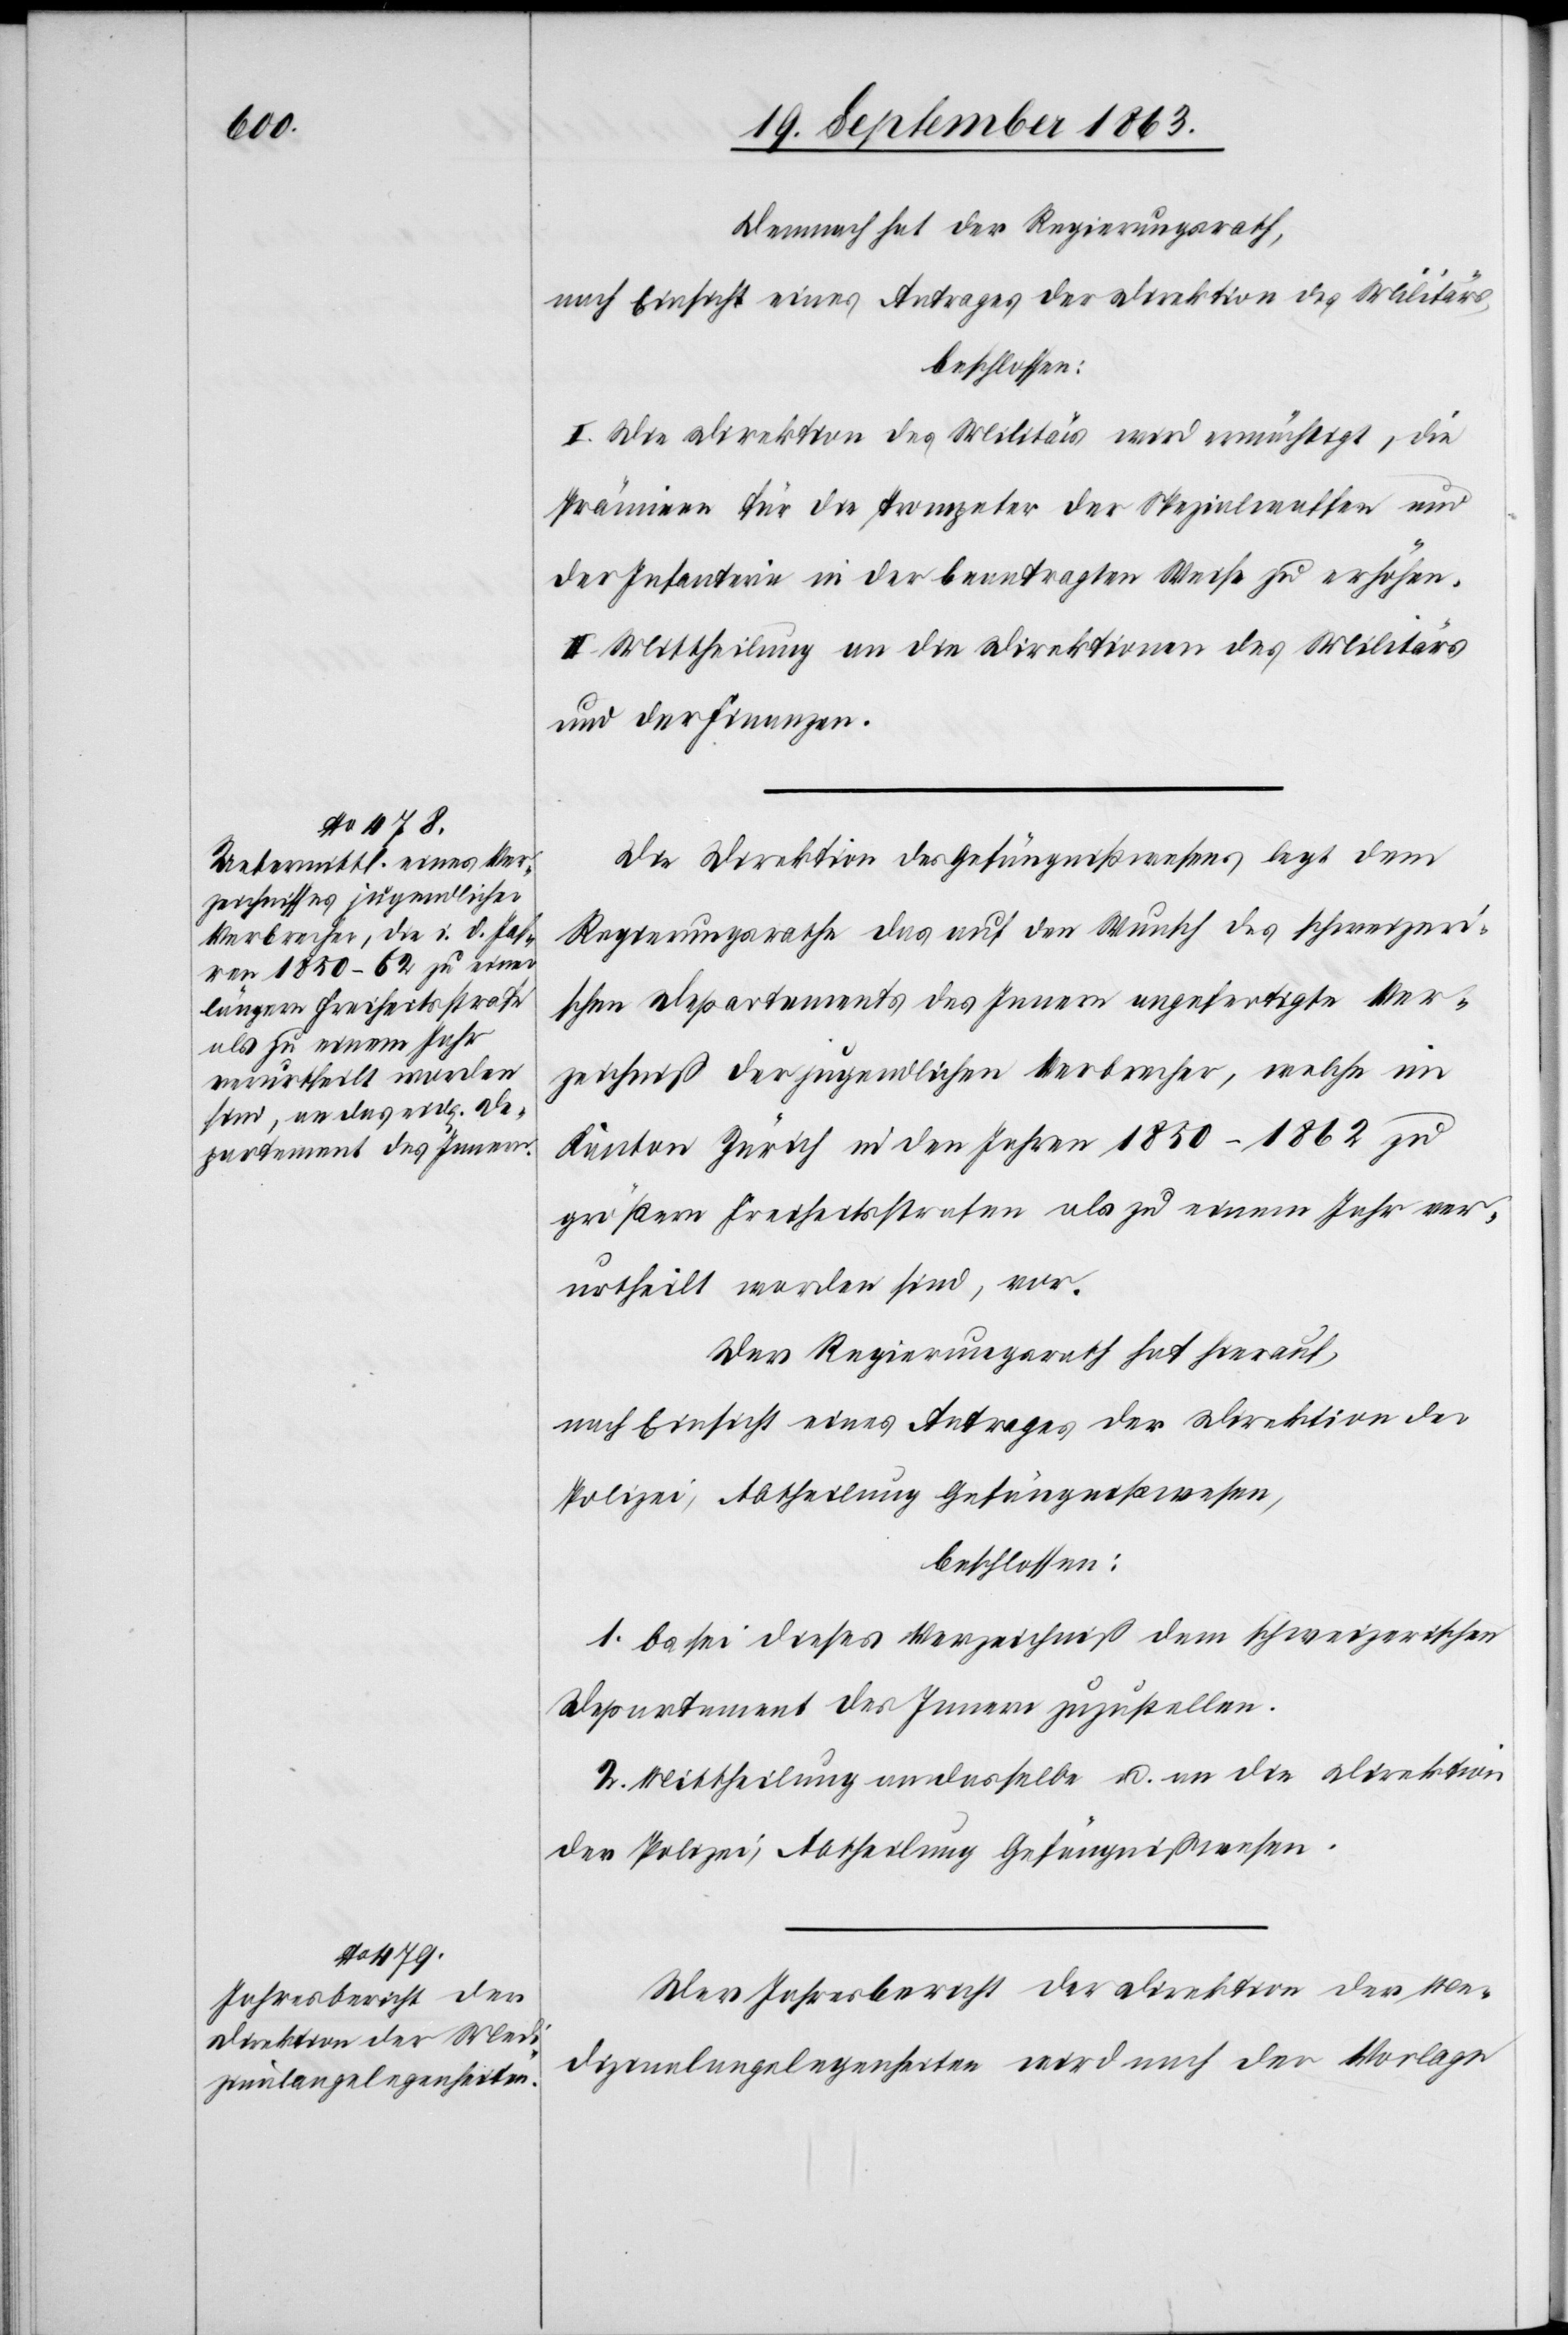
Demnach hat der Regierungsrath,
nach Einsicht eines Antrages der Direktion des Militärs,
beschlossen:
I. Die Direktion des Militärs wird ermächtigt, die
Prämieen für die Trompeter der Spezialwaffen und
der Infanterie in der beantragten Weise zu erhöhen.
II. Mittheilung an die Direktionen des Militärs
und der Finanzen.
Die Direktion des Gefängnißwesens legt dem
Regierungsrathe das auf den Wunsch des schweizeri¬
schen Departements des Innern angefertigte Ver¬
zeichniß der jugendlichen Verbrecher, welche im
Kanton Zürich in den Jahren 1850–1862 zu
größern Freiheitsstrafen als zu einem Jahr ver¬
urtheilt worden sind, vor.
Der Regierungsrath hat hierauf,
nach Einsicht eines Antrages der Direktion der
Polizei, Abtheilung Gefängnißwesen,
beschlossen:
1. Es sei dieses Verzeichniß dem schweizerischen
Departement des Innern zuzustellen.
2. Mittheilung an dasselbe u. an die Direktion
der Polizei, Abtheilung Gefängnißwesen.
Der Jahresbericht der Direktion der Me¬
dizinalangelegenheiten wird nach der Vorlage